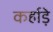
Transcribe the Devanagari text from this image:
कर्हाड़े